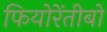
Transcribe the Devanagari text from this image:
फियोरेंतीबो